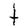
Character: t